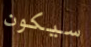
سيكون